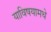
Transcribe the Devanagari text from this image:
याविषयामधे